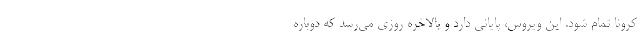
کرونا تمام شود. این ویروس، پایانی دارد و بالاخره روزی می‌رسد که دوباره